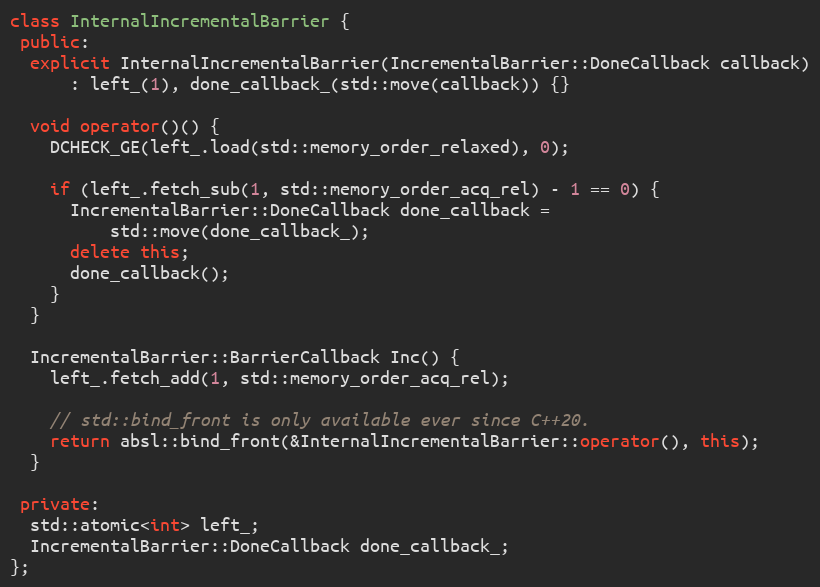
Language: C++
class InternalIncrementalBarrier {
 public:
  explicit InternalIncrementalBarrier(IncrementalBarrier::DoneCallback callback)
      : left_(1), done_callback_(std::move(callback)) {}

  void operator()() {
    DCHECK_GE(left_.load(std::memory_order_relaxed), 0);

    if (left_.fetch_sub(1, std::memory_order_acq_rel) - 1 == 0) {
      IncrementalBarrier::DoneCallback done_callback =
          std::move(done_callback_);
      delete this;
      done_callback();
    }
  }

  IncrementalBarrier::BarrierCallback Inc() {
    left_.fetch_add(1, std::memory_order_acq_rel);

    // std::bind_front is only available ever since C++20.
    return absl::bind_front(&InternalIncrementalBarrier::operator(), this);
  }

 private:
  std::atomic<int> left_;
  IncrementalBarrier::DoneCallback done_callback_;
};